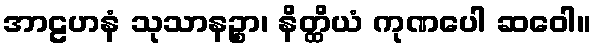
အာဠဟနံ သုသာနဉ္စာ၊ နိတ္ထိယံ ကုဏပေါ ဆဝေါ။